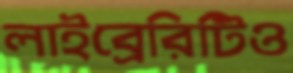
লাইব্রেরিটিও